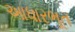
આધારભૂત